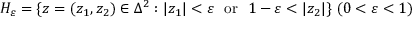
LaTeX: H _ { \varepsilon } = \{ z = ( z _ { 1 } , z _ { 2 } ) \in \Delta ^ { 2 } : | z _ { 1 } | < \varepsilon \ { \mathrm { ~ o r ~ } } \ 1 - \varepsilon < | z _ { 2 } | \} \ ( 0 < \varepsilon < 1 )